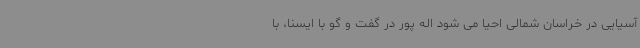
آسیایی در خراسان شمالی احیا می شود اله پور در گفت و گو با ایسنا، با